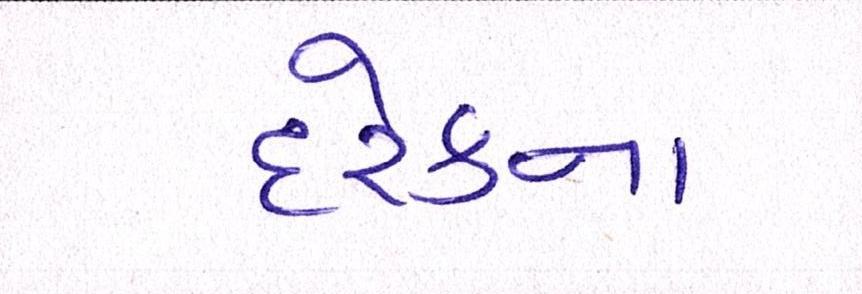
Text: દરેકના